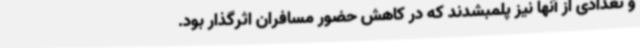
و تعدادی از آنها نیز پلمبشدند که در کاهش حضور مسافران اثرگذار بود.